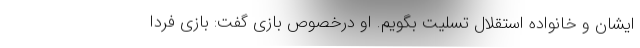
ایشان و خانواده استقلال تسلیت بگویم. او درخصوص بازی گفت: بازی فردا